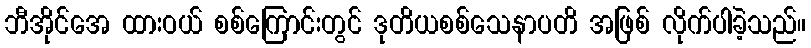
ဘီအိုင်အေ ထားဝယ် စစ်ကြောင်းတွင် ဒုတိယစစ်သေနာပတိ အဖြစ် လိုက်ပါခဲ့သည်။